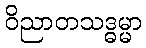
ဝိညာတသဒ္ဓမ္မာ